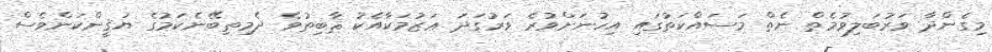
މިގެންދާ ވަރުބަލިވުމެތް ނެތް މަސައްކަތުގައި އިހުނަށްވުރެ ވަރުގަދަ ޢަޒުމަކާއެކު ޘާބިތުވެ ދެމިތިބޭނެކަމުގެ ޔަޤީންކަންވެސް